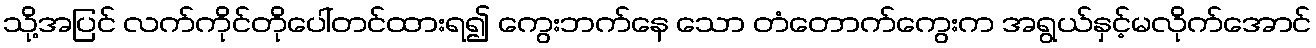
သို့အပြင် လက်ကိုင်တိုပေါ်တင်ထားရ၍ ကွေးဘက်နေ သော တံတောက်ကွေးက အရွယ်နှင့်မလိုက်အောင်